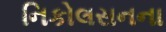
નિકોલસનના